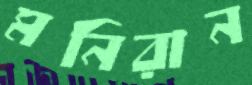
মনিরান